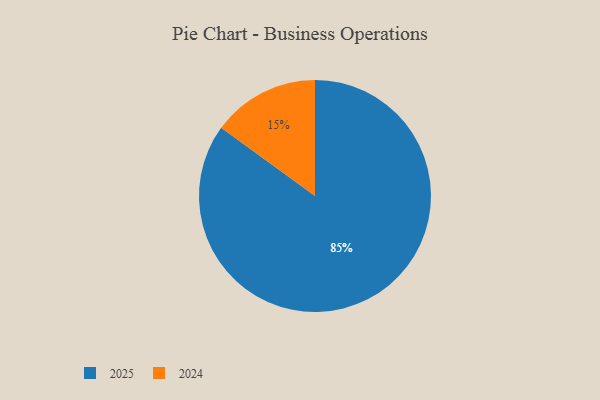
{"axis": {"x": "Category", "y": "Percentage"}, "legend": ["2024", "2025"], "data": [{"x": "2024", "y": 15, "type": "2024"}, {"x": "2025", "y": 85, "type": "2025"}]}